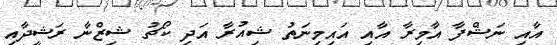
އާއި ނަޝްފާ އާމިރާ އާއި އައިމިނަތު ޝިއުރާ އަދި ކޯޗު ޝިޒްނާ ރަޝީދާއި